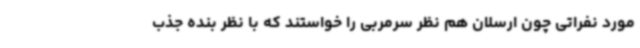
مورد نفراتی چون ارسلان هم نظر سرمربی را خواستند که با نظر بنده جذب